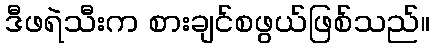
ဒီဖရဲသီးက စားချင်စဖွယ်ဖြစ်သည်။